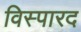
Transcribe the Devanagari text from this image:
विस्पारद